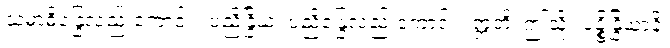
သမာဓိန္ဒြေလည်းကောင်း။ ပညိန္ဒြိယံ၊ ပညိန္ဒြေလည်းကောင်း။ ဣတိ၊ ဤသို့။ ပဉ္စိန္ဒြိယာနိ၊